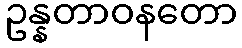
ဥန္နတာဝနတော